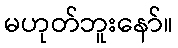
မဟုတ်ဘူးနော်။